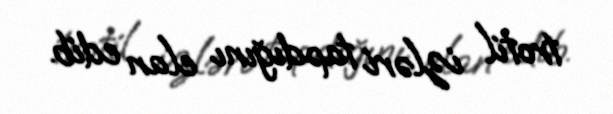
trotil izləri tapdığını elan edib.